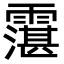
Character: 霮